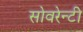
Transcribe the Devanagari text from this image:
सोवरेन्टी